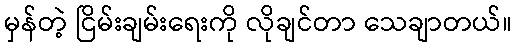
မှန်တဲ့ ငြိမ်းချမ်းရေးကို လိုချင်တာ သေချာတယ်။